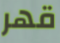
قهر